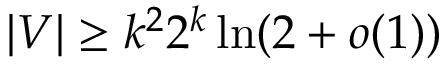
| V | \geq k ^ { 2 } 2 ^ { k } \ln ( 2 + o ( 1 ) )